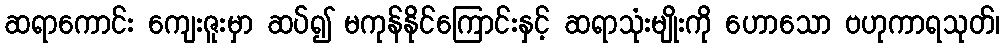
ဆရာကောင်း ကျေးဇူးမှာ ဆပ်၍ မကုန်နိုင်ကြောင်းနှင့် ဆရာသုံးမျိုးကို ဟောသော ဗဟုကာရသုတ်၊